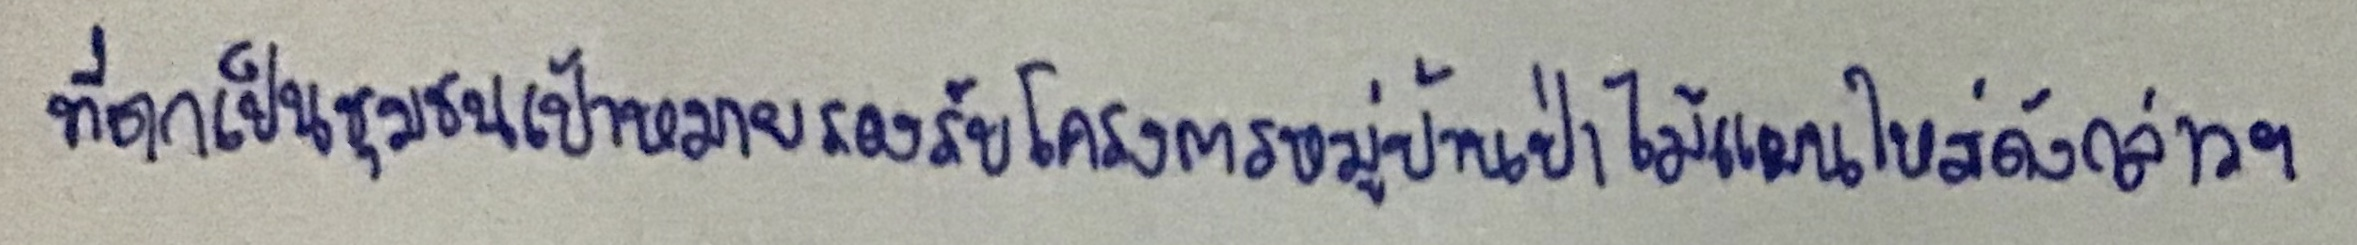
ที่ตกเป็นชุมชนเป้าหมายรองรับโครงการหมู่บ้านป่าไม้แผนใหม่ดังกล่าวฯ